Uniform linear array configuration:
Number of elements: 12
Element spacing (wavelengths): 0.75
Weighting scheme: uniform
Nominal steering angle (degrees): -15
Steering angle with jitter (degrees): -16.469
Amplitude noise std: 0.05
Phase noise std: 0.05

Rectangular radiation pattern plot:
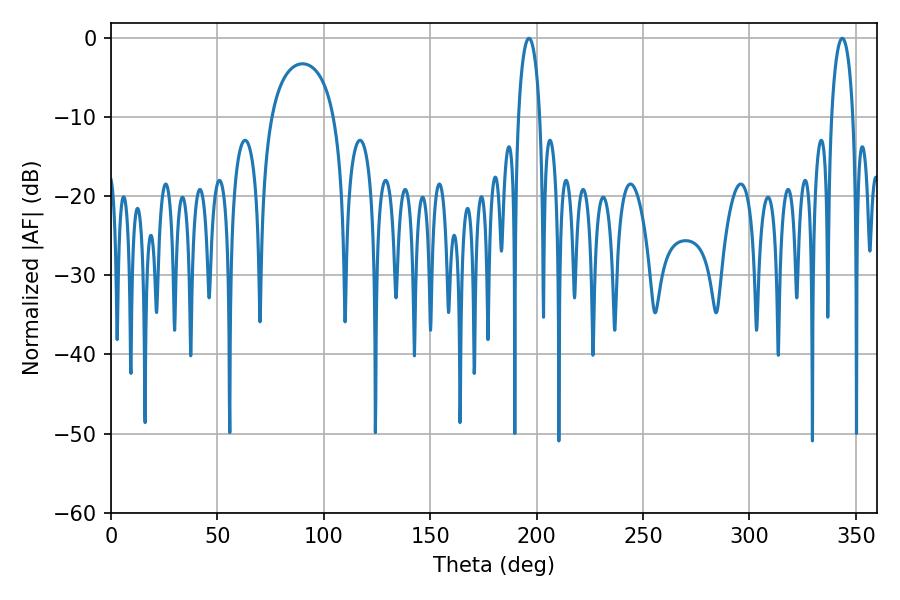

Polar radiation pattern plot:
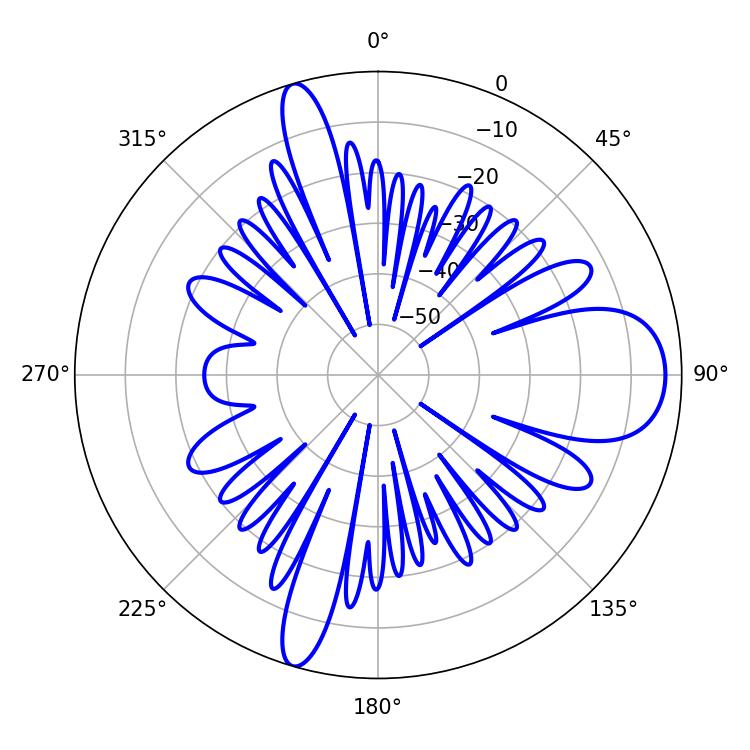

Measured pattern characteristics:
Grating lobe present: TRUE
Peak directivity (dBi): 12.281
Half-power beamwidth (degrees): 5.76
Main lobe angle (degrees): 196.38